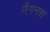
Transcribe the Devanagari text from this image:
मैंगनस